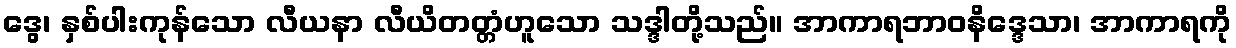
ဒွေ၊ နှစ်ပါးကုန်သော လီယနာ လီယိတတ္တံဟူသော သဒ္ဒါတို့သည်။ အာကာရဘာဝနိဒ္ဒေသာ၊ အာကာရကို